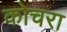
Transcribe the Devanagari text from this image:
कोचरा